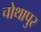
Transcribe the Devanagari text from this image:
चोथापुर